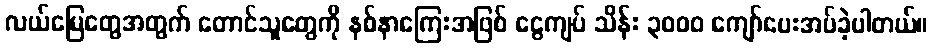
လယ်မြေတွေအတွက် တောင်သူတွေကို နစ်နာကြေးအဖြစ် ငွေကျပ် သိန်း ၃၀၀၀ ကျော်ပေးအပ်ခဲ့ပါတယ်။